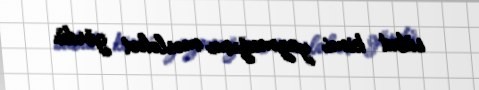
sübut kimi yazmağımı məsləhət gördü.